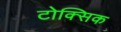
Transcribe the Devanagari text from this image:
टोक्सिक